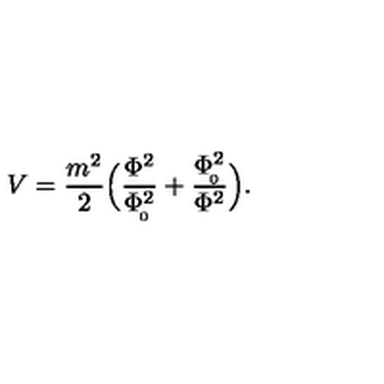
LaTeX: V = { \frac { m ^ { 2 } } { 2 } } \Big ( { \frac { \Phi ^ { 2 } } { \Phi _ { \! _ { 0 } } ^ { 2 } } } + { \frac { \Phi _ { \! _ { 0 } } ^ { 2 } } { \Phi ^ { 2 } } } \Big ) .